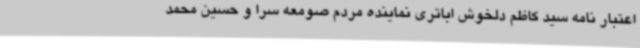
اعتبار نامه سید کاظم دلخوش اباتری نماینده مردم صومعه سرا و حسین محمد